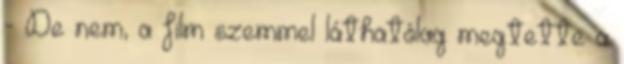
- De nem, a film szemmel láthatólag megtette a